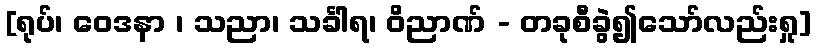
[ရုပ်၊ ဝေဒနာ ၊ သညာ၊ သင်္ခါရ၊ ဝိညာဏ် - တခုစီခွဲ၍သော်လည်းရှု]